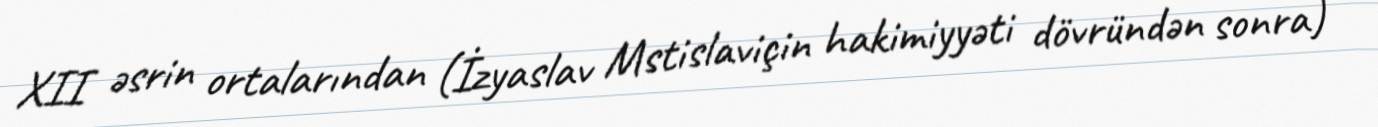
XII əsrin ortalarından (İzyaslav Mstislaviçin hakimiyyəti dövründən sonra)